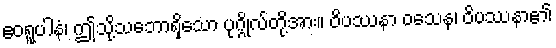
ဧဝရူပါနံ၊ ဤသို့သဘောရှိသော ပုဂ္ဂိုလ်တို့အား။ ဝိပဿနာ ဝသေန၊ ဝိပဿနာ၏